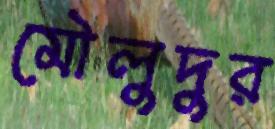
মৌলুদুর